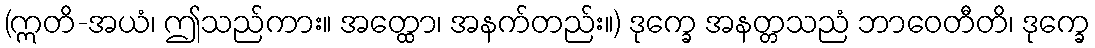
(ဣတိ-အယံ၊ ဤသည်ကား။ အတ္ထော၊ အနက်တည်း။) ဒုက္ခေ အနတ္တသညံ ဘာဝေတီတိ၊ ဒုက္ခေ